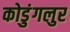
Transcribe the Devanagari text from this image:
कोडुंगलुर